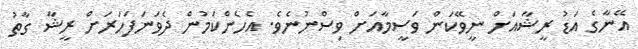
އޭނާގެ އަޑު ރީޝާއަށް ނީވޭކަން ވަސީމާއަށް ވިސްނުނެވެ. އެހެންކަމުން ދެވަނަފަހަރަށް ރީޝާ ގާތު